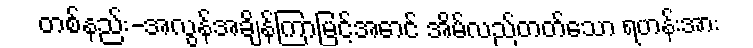
တစ်နည်း-အလွန်အချိန်ကြာမြင့်အောင် အိမ်လည်တတ်သော ရဟန်းအား